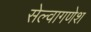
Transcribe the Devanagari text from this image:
सेल्वागणेश